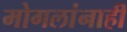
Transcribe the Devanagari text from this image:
मोगलांनाही